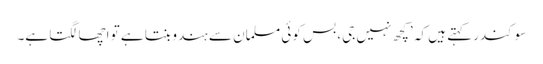
سوکندر کہتے ہیں کہ ’کچھ نہیں جی، بس کوئی مسلمان سے ہندو بنتا ہے تو اچھا لگتا ہے۔